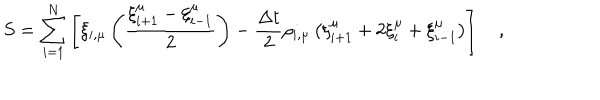
LaTeX: S = \sum _ { i = 1 } ^ { N } \left[ \xi _ { i , \mu } \left( \frac { \xi _ { i + 1 } ^ { \mu } - \xi _ { i - 1 } ^ { \mu } } { 2 } \right) - { \frac { \Delta t } { 2 } } \rho _ { i , \mu } \left( \xi _ { i + 1 } ^ { \mu } + 2 \xi _ { i } ^ { \mu } + \xi _ { i - 1 } ^ { \mu } \right) \right] \quad ,